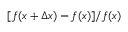
[ f ( x + \Delta x ) - f ( x ) ] / f ( x )